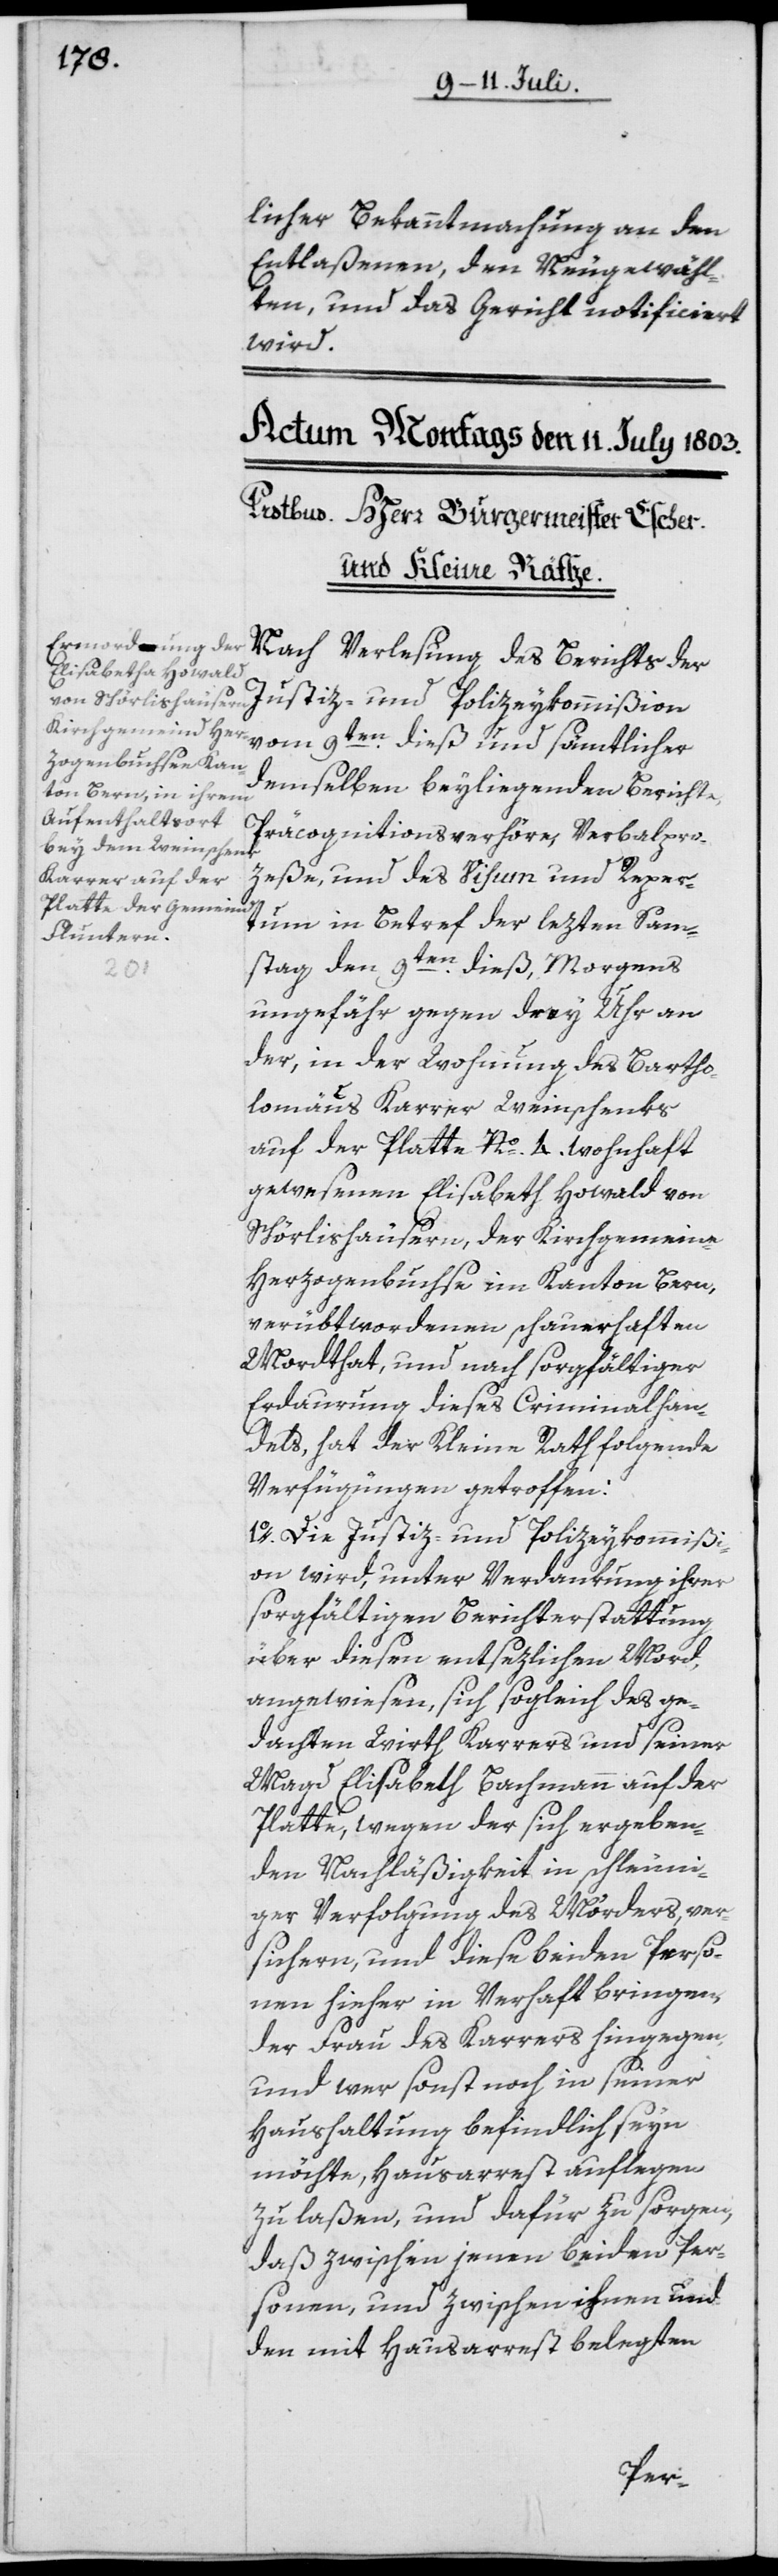
licher Bekanntmachung an den
Entlaßenen, den Neugewähl¬
ten, und das Gericht notificiert
wird.
Nach Verlesung des Berichts der
Justiz- und Polizeykommißion
vom 9ten dieß und sämtlicher
demselben beyliegenden Berichte,
Präcognitionsverhöre, Verbalpro¬
zeße, und das Visum und Reper¬
tum in Betref der lezten Sam¬
stag den 9ten dieß, Morgens
ungefähr gegen drey Uhr an
der, in der Wohnung des Bartho¬
lomäus Karrer Weinschenks
auf der Platte Nº 4. wohnhaft
gewesenen Elisabeth Howald von
Schörlishausern, der Kirchgemeine
Herzogenbuchse [sic!] im Kanton Bern,
verübt wordenen schauerhaften
Mordthat, und nach sorgfältiger
Erdaurung dieses Criminalhan¬
dels, hat der Kleine Rath folgende
Verfügungen getroffen:
1o. Die Justiz- und Polizeykommißi¬
on wird, unter Verdankung ihrer
sorgfältigen Berichterstattung
über diesen entsezlichen Mord,
angewiesen, sich sogleich des ge¬
dachten Wirth Karrers und seiner
Magd Elisabeth Bachmann auf der
Platte, wegen der sich ergeben¬
den Nachläßigkeit in schleuni¬
ger Verfolgung des Mörders, ver¬
sichern, und diese beiden Perso¬
nen hieher in Verhaft bringen,
der Frau des Karrers hingegen,
und wer sonst noch in seiner
Haushaltung befindlich seyn
möchte, Hausarrest auflegen
zu laßen, und dafür zu sorgen,
daß zwischen jenen beiden Per¬
sonen, und zwischen ihnen und
den mit Hausarrest belegten